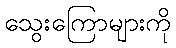
သွေးကြောများကို